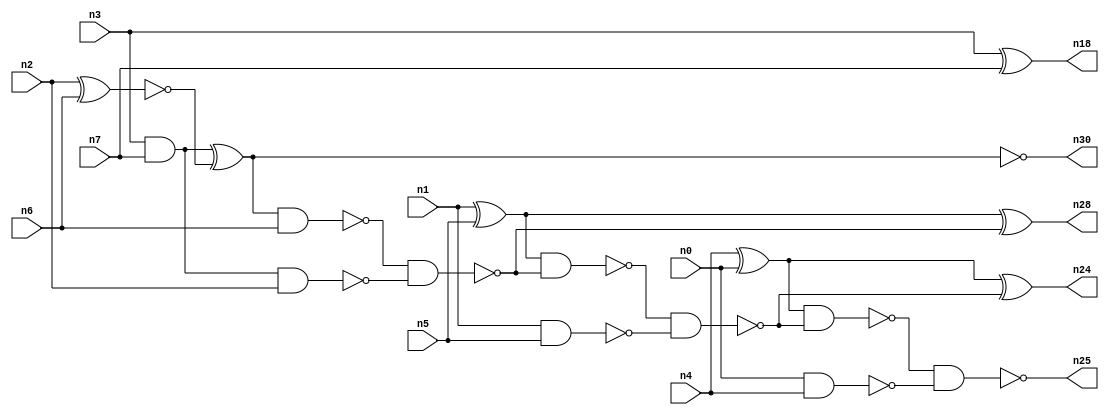
// This file contains a pareto-optimal circuit with respect to area and the fault-resilince parameter p_fault which is defined as:
// "For all input vectors, the ratio of the no. of faults observable at the POs to the no. of total possible faults in the circuit".
// This code is part of the ReCkt library (https://github.com/umar-afzaal/ReCkt) distributed under The MIT License.
// When used, please cite the following article(s):
// U. Afzaal, A.S. Hassan, M. Usman and J.A. Lee, "On the Evolutionary Synthesis of Increased Fault-resilience Arithmetic Circuits".

// p_fault = 89.2 %    (Lower is better)
// gates = 22.0
// levels = 8
// area = 28.97    (For MCNC library relative to nand2)
// power = 106.4 uW    (Berkely-SIS for MCNC library @ Vdd=5V and 20 MHz clock)
// delay = 10.0 ns    (Berkely-ABC for MCNC library)
// PDP = 1.064e-12 J

// Pin mapping:
// {n0, n1, n2, n3} = A[3:0]
// {n4, n5, n6, n7} = B[3:0]
// {n25, n24, n28, n30, n18} = O[4:0]

module addr4u_area_2 (
n0, n1, n2, n3, n4, n5, n6, n7, 
n25, n24, n28, n30, n18
);

input n0, n1, n2, n3, n4, n5, n6, n7;
output n25, n24, n28, n30, n18;
wire n29, n16, n11, n8, n15, n13, n10, n12, n26, n19, n21, n20, n9, n23, n14, n17, n22;

nand (n8, n1, n5);
xnor (n9, n2, n6);
and (n10, n3, n7);
nand (n11, n10, n2);
xnor (n12, n3, n7);
nand (n13, n0, n4);
xor (n14, n4, n0);
xor (n15, n1, n5);
xor (n16, n10, n9);
nand (n17, n16, n6);
nand (n18, n12, n12);
nand (n19, n17, n11);
nand (n20, n15, n19);
xnor (n21, n15, n19);
nand (n22, n20, n8);
nand (n23, n14, n22);
xor (n24, n14, n22);
nand (n25, n23, n13);
and (n26, n16, n16);
nand (n28, n21, n21);
and (n29, n26, n26);
nand (n30, n16, n29);

endmodule